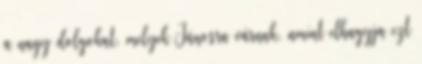
a nagy dolgokat, melyek Jánosra várnak, amint elhagyja ezt